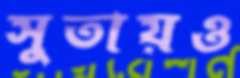
সুতায়ও